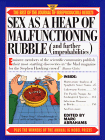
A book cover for Sex as a Heap of Malfunctioning Rubble: More of the Best of the Journal of Irreproducible Results (And Further Improbabilities : More of the Best of the Journal of Irreproducible Results); Marc Abrahams; Humor & Entertainment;